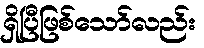
ရှိပြီဖြစ်သော်လည်း